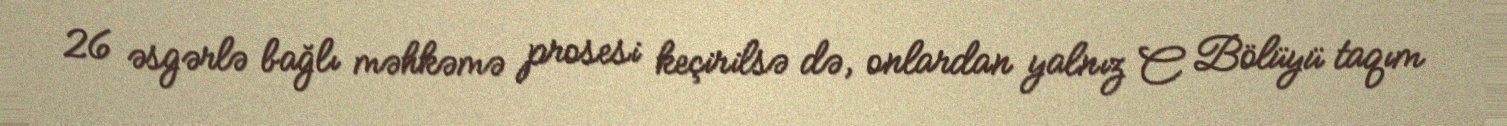
26 əsgərlə bağlı məhkəmə prosesi keçirilsə də, onlardan yalnız C Bölüyü taqım